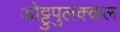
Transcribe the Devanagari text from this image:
ओट्टुपुलक्कल